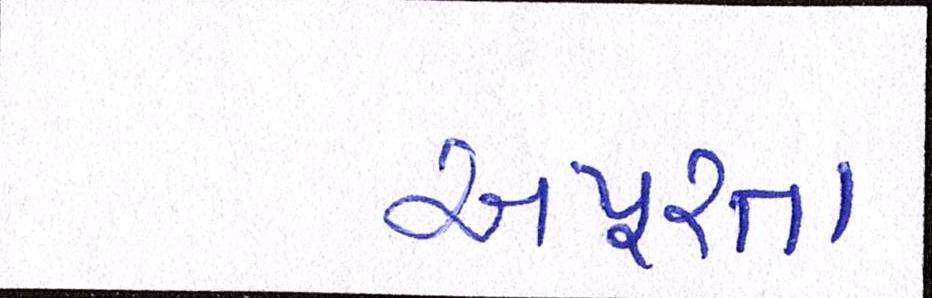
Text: અપૂરતા